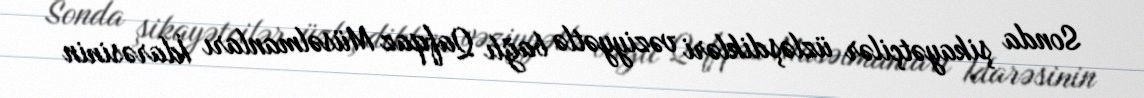
Sonda şikayətçilər üzləşdikləri vəziyyətlə bağlı Qafqaz Müsəlmanları İdarəsinin